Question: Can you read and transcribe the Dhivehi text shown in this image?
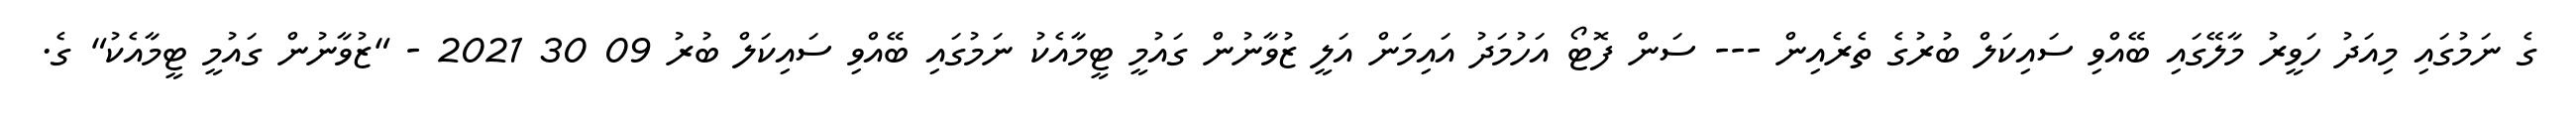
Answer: ގެ ނަމުގައި މިއަދު ހަވީރު މާލޭގައި ބޭއްވި ސައިކަލް ބުރުގެ ތެރެއިން --- ސަން ފޮޓޯ އަހުމަދު އައިމަން އަލީ ޒުވާނުން ގައުމީ ޓީމާއެކު ނަމުގައި ބޭއްވި ސައިކަލް ބުރު 09 30 2021 - "ޒުވާނުން ގައުމީ ޓީމާއެކު" ގެ.